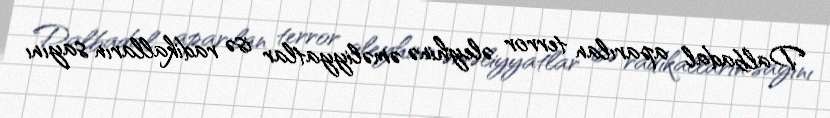
Dalbadal aparılan terror əleyhinə əməliyyatlar isə radikalların sayını